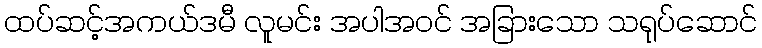
ထပ်ဆင့်အကယ်ဒမီ လူမင်း အပါအဝင် အခြားသော သရုပ်ဆောင်